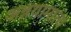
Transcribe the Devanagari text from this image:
अन्नयामात्य